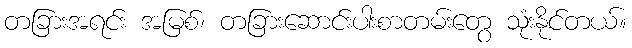
တခြားအရင်း အမြစ်၊ တခြားဆောင်းပါးစာတမ်းတွေ သုံးနိုင်တယ်။